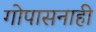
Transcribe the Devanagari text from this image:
गोपासनाही